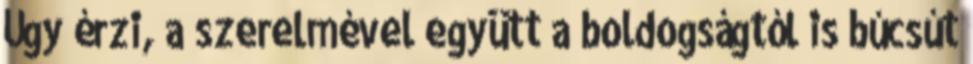
Úgy érzi, a szerelmével együtt a boldogságtól is búcsút